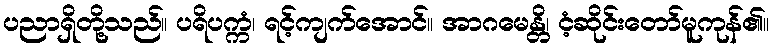
ပညာရှိတို့သည်။ ပရိပက္ကံ၊ ရင့်ကျက်အောင်။ အာဂမေန္တိ၊ ငံ့ဆိုင်းတော်မူကုန်၏။